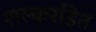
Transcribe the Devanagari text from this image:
शल्करहित